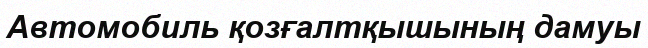
Автомобиль қозғалтқышының дамуы